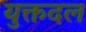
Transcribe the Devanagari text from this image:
युक्तदल